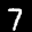
Label: 7